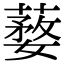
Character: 𦺒